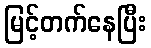
မြင့်တက်နေပြီး